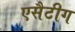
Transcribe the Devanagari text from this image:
एसैटीग